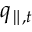
q _ { \parallel , t }